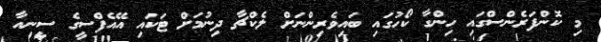
މި ކޮންފަރެންސްގައި ހިންގާ ކޯހުގައި ބައިވެރިންނަށް ލެކްޗާ ދިނުމަށް ޓަކައި އޭއެފްސީގެ ސީނިއާ